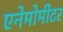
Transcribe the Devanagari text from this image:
एनेमोमीटर